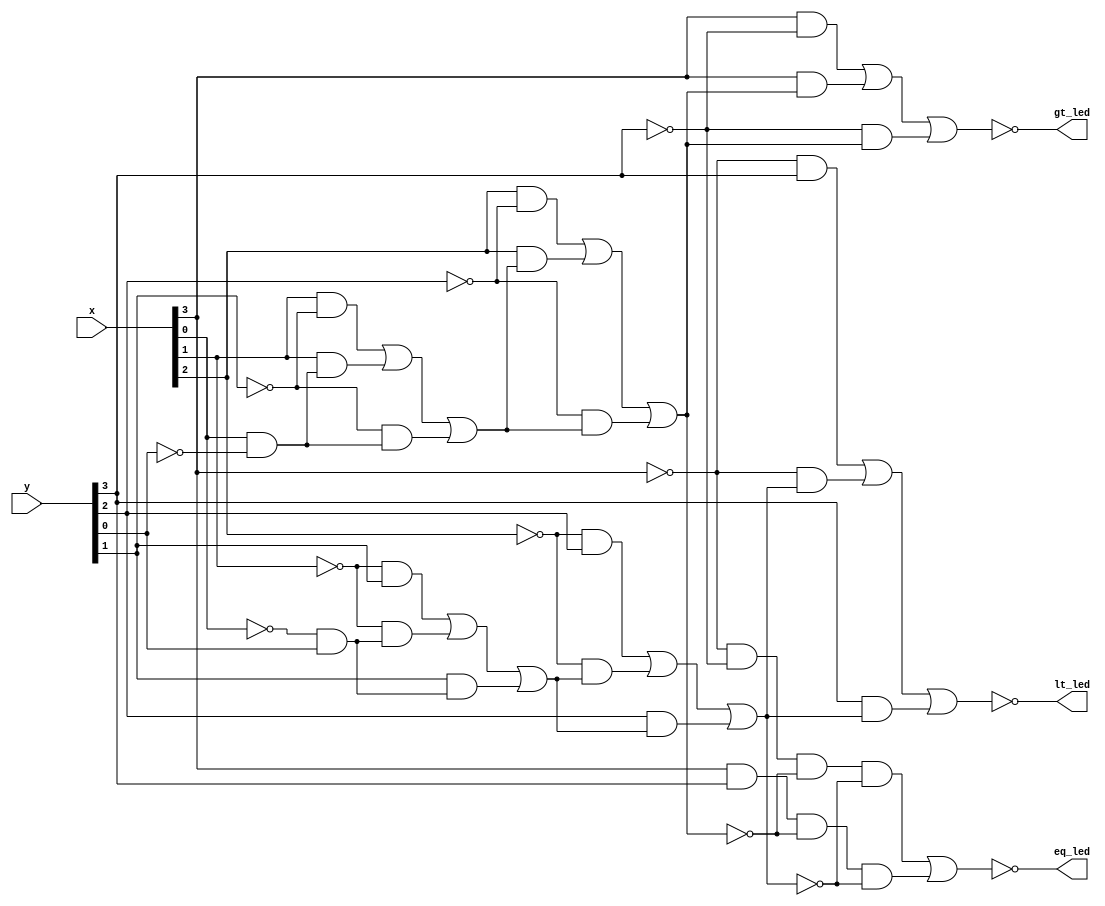
//********************************************************
//
//   Copyright(c)2016, STEP FPGA 
//   All rights reserved
//
//   Module name     :   comp4

//   Data            :   2016/08/23

//   Version         :   V1.0
//   Description     :	 the four bits comparator
//
//   Modification history
//   ----------------------------------------------------------------------------
// Version       Data(2016/08/23)   V1.0
// Description
//
//********************************************************
//
//
//*******************
//DEFINE MODULE PORT
//*******************
module comp4
(
	//INPUT
	x         	,
	y		    ,

	//OUTPUT
	gt_led      ,
	eq_led      ,
	lt_led      
);

	//*******************
	//DEFINE INPUT
	//*******************
	input  [3:0]		x			;    //4 bit input x (switch)
	input  [3:0]		y			;	 //4 bit input y (button)
	
	//*******************
	//DEFINE OUTPUT
	//*******************
	output      		gt_led      ;    //x is bigger than y
	output       		eq_led      ;    //x is equal to y
	output       		lt_led      ; 	 //x is smaller than y
	
	//********************
	//OUTPUT ATTRIBUTE
	//********************
	//REGS
	reg   		     	gt_led		;    
    reg                 eq_led		;
	reg					lt_led		;

	//*********************
	//INNER SIGNAL DECLARATION
	//*********************
	//REGS
	reg   [4:0]       	G  =0  	;    
	reg   [4:0]       	L  =0 	;    
	reg   [4:1]       	E     	;    
	
	//WIRES
	integer 			i		;
	
	//*********************
	//MAIN CORE
	//*********************
	
	always @ (*)
	begin
		for(i=0;i<4;i=i+1)
		comp1(x[i],y[i],G[i],L[i],G[i+1],L[i+1],E[i+1]);
		gt_led=~G[4];				//the led's default mode is lighted 
		eq_led=~E[4];				//the led's default mode is lighted
		lt_led=~L[4];				//the led's default mode is lighted
	end 
		
	task comp1(
				input  		x		,
				input 		y		,
				input		Gin		,
				input		Lin		,
				output      Gout	,
				output		Lout	,
				output		Eout
				);
	begin 
		Gout=x&~y|x&Gin|~y&Gin;
		Eout=~x&~y&~Gin&~Lin|x&y&~Gin&~Lin;
		Lout=~x&y|~x&Lin|y&Lin;
	end
	endtask   

endmodule